Reports on military cantonments and civil stations in the Presidency of Bombay inspected by the Sanitary Commissioner in the years 1875 and 1876
Year: 1875
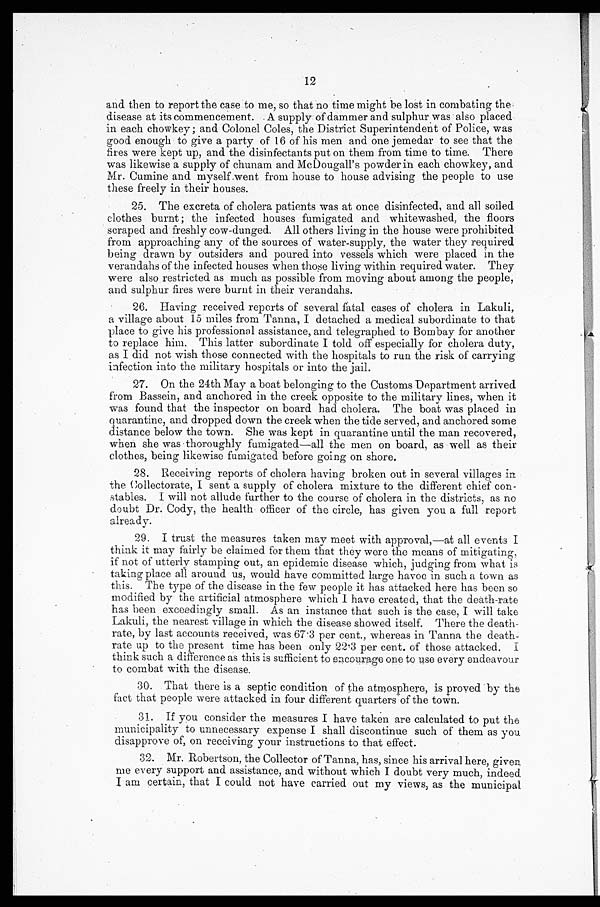
12
and then to report the case to me, so that no time might be lost in combating the
disease at its commencement. A supply of dammer and sulphur was also placed
in each chowkey; and Colonel Coles, the District Superintendent of Police, was
good enough to give a party of 16 of his men and one jemedar to see that the
fires were kept up, and the disinfectants put on them from time to time. There
was likewise a supply of chunam and McDougall's powder in each chowkey, and
Mr. Cumine and myself went from house to house advising the people to use
these freely in their houses.
25. The excreta of cholera patients was at once disinfected, and all soiled
clothes burnt; the infected houses fumigated and whitewashed, the floors
scraped and freshly cow-dunged. All others living in the house were prohibited
from approaching any of the sources of water-supply, the water they required
being drawn by outsiders and poured into vessels which were placed in the
verandahs of the infected houses when those living within required water. They
were also restricted as much as possible from moving about among the people,
and sulphur fires were burnt in their verandahs.
26. Having received reports of several fatal cases of cholera in Lakuli,
a village about 15 miles from Tanna, I detached a medical subordinate to that
place to give his professional assistance, and telegraphed to Bombay for another
to replace him. This latter subordinate I told off especially for cholera duty,
as I did not wish those connected with the hospitals to run the risk of carrying
infection into the military hospitals or into the jail.
27. On the 24th May a boat belonging to the Customs Department arrived
from Bassein, and anchored in the creek opposite to the military lines, when it
was found that the inspector on board had cholera. The boat was placed in
quarantine, and dropped down the creek when the tide served, and anchored some
distance below the town. She was kept in quarantine until the man recovered,
when she was thoroughly fumigated—all the men on board, as well as their
clothes, being likewise fumigated before going on shore.
28. Receiving reports of cholera having broken out in several villages in
the Collectorate, I sent a supply of cholera mixture to the different chief con
-stables. I will not allude further to the course of cholera in the districts, as no
doubt Dr. Cody, the health officer of the circle, has given you a full report
already.
29. I trust the measures taken may meet with approval,—at all events I
think it may fairly be claimed for them that they were the means of mitigating,
if not of utterly stamping out, an epidemic disease which, judging from what is
taking place all around us, would have committed large havoc in such a town as
this. The type of the disease in the few people it has attacked here has been so
modified by the artificial atmosphere which I have created, that the death-rate
has been exceedingly small. As an instance that such is the case, I will take
Lakuli, the nearest village in which the disease showed itself. There the death
-rate, by last accounts received, was 67.3 per cent., whereas in Tanna the death
-rate up to the present time has been only 22.3 per cent. of those attacked. I
think such a difference as this is sufficient to encourage one to use every endeavour
to combat with the disease.
30. That there is a septic condition of the atmosphere, is proved by the
fact that people were attacked in four different quarters of the town.
31. If you consider the measures I have taken are calculated to put the
municipality to unnecessary expense I shall discontinue such of them as you
disapprove of, on receiving your instructions to that effect.
32. Mr. Robertson, the Collector of Tanna, has, since his arrival here, given
me every support and assistance, and without which I doubt very much, indeed
I am certain, that I could not have carried out my views, as the municipal